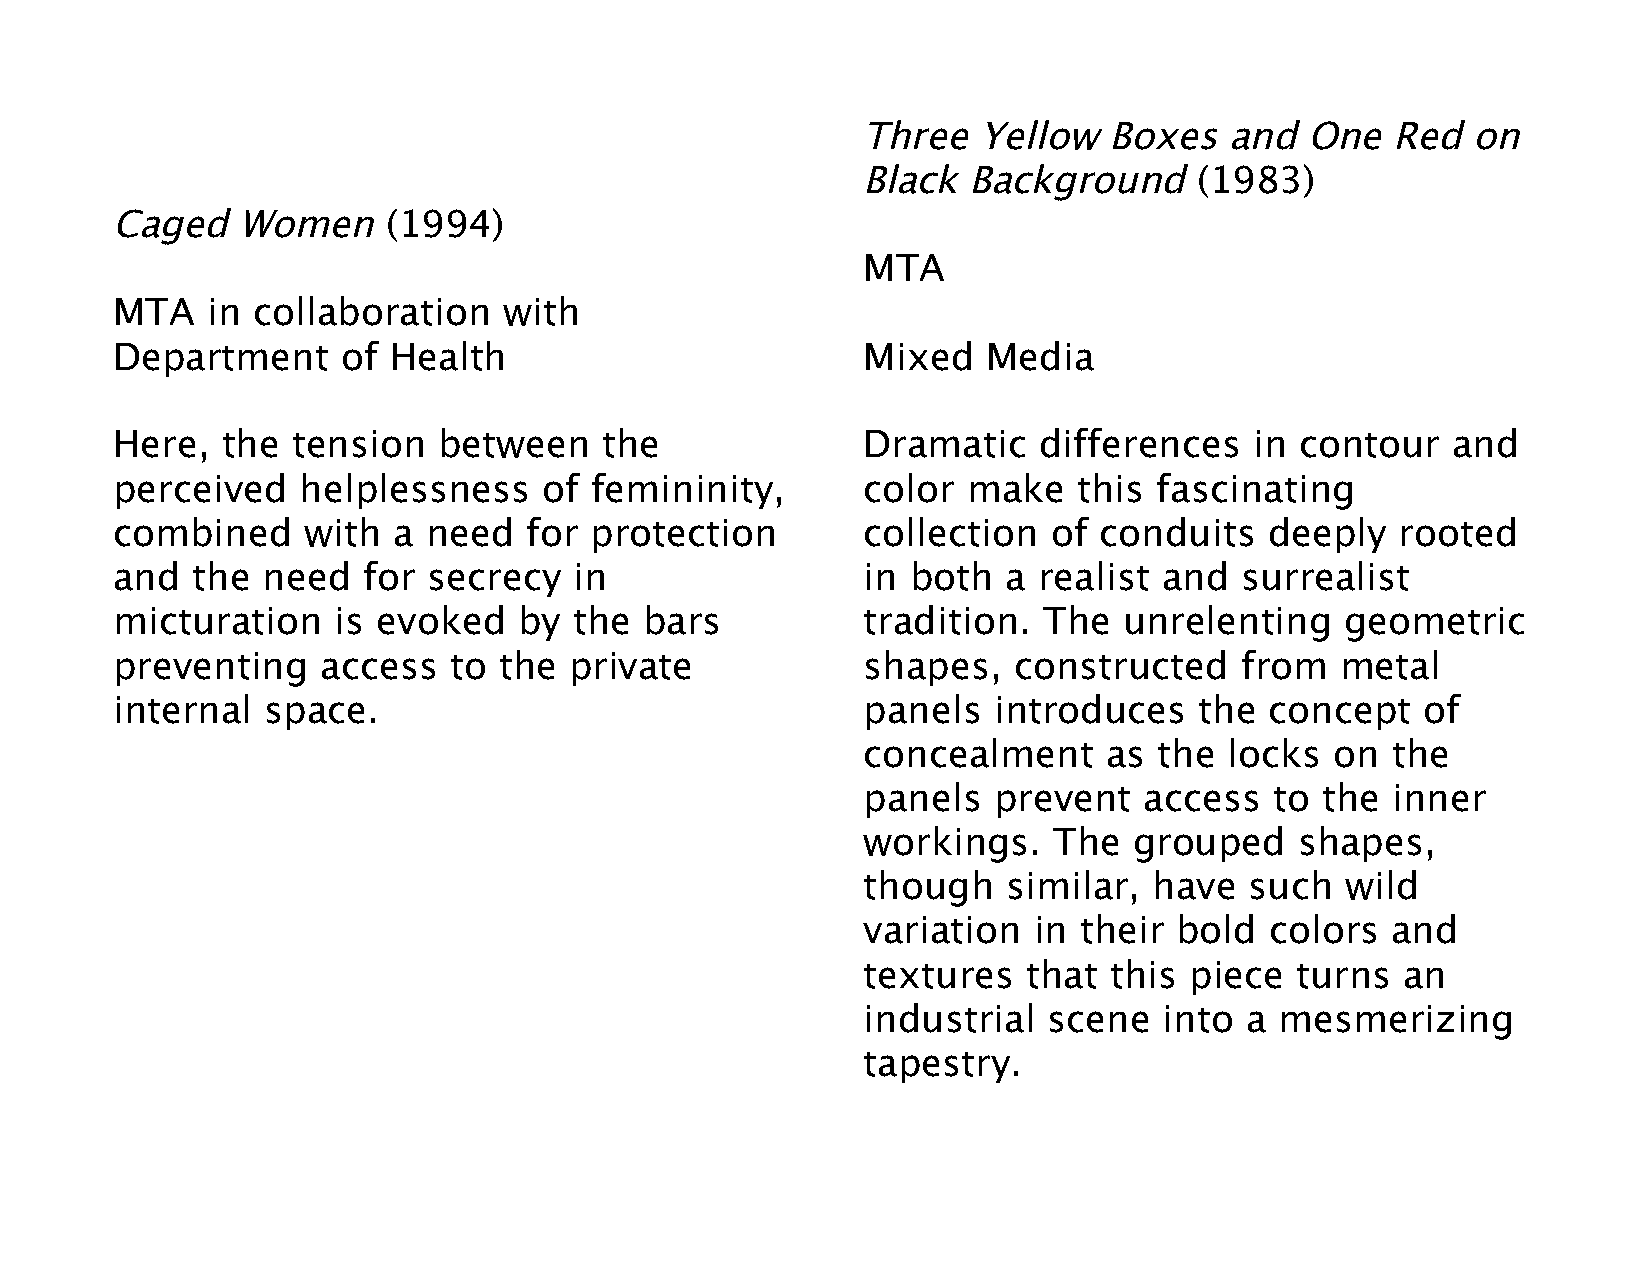
Three   Yellow  Boxes   and  One   Red  on
 Black  Background     (1983)
 Caged    Women     (1994)
 MTA
 MTA    in collaboration   with
 Department      of Health                         Mixed   Media
 Here,   the tension   between    the              Dramatic    differences   in contour   and
 perceived    helplessness    of femininity,       color  make   this  fascinating
 combined     with  a need   for protection        collection   of conduits   deeply   rooted
 and   the need   for secrecy   in                 in both   a realist and  surrealist
 micturation    is evoked   by  the  bars          tradition.  The  unrelenting    geometric
 preventing    access   to the  private            shapes,   constructed    from   metal
 internal  space.                                  panels   introduces   the  concept   of
 concealment     as  the locks  on  the
 panels   prevent   access  to the  inner
 workings.    The  grouped    shapes,
 though    similar, have   such  wild
 variation  in their  bold  colors  and
 textures   that this  piece  turns  an
 industrial  scene   into a  mesmerizing
 tapestry.